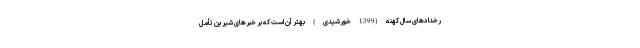
رخدادهای سال کهنه (1399 خورشیدی) بهتر آن است که بر خبرهای شیرین تأمل